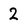
Character: 2